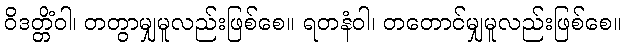
ဝိဒတ္တိံဝါ၊ တတွာမျှမူလည်းဖြစ်စေ။ ရတနံဝါ၊ တတောင်မျှမူလည်းဖြစ်စေ။